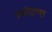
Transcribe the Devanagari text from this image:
म्च्नेइल्ल्